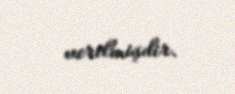
verilmişdir.